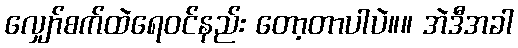
လျှော်စက်ထဲရေ၀င်နည်း တော့တာပါပဲ။။ အဲဒီအခါ